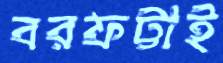
বরফট্টাই